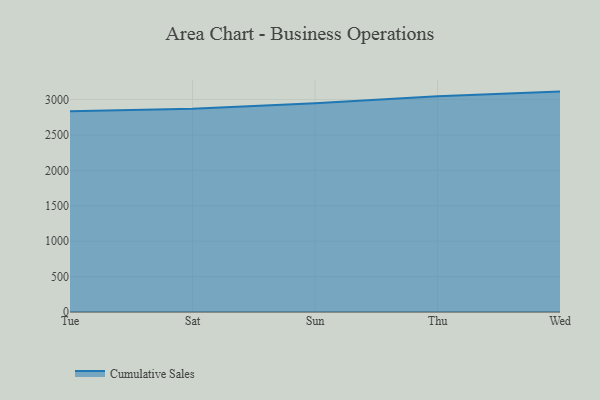
{"axis": {"x": "Day", "y": "Population (Million)"}, "legend": ["Cumulative Sales"], "data": [{"x": "Tue", "y": 2832.2, "type": "Cumulative Sales"}, {"x": "Sat", "y": 2868.7, "type": "Cumulative Sales"}, {"x": "Sun", "y": 2947.3, "type": "Cumulative Sales"}, {"x": "Thu", "y": 3045.1, "type": "Cumulative Sales"}, {"x": "Wed", "y": 3111.1, "type": "Cumulative Sales"}]}